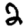
Digit: 2